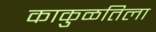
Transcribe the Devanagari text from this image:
काकुळतिला